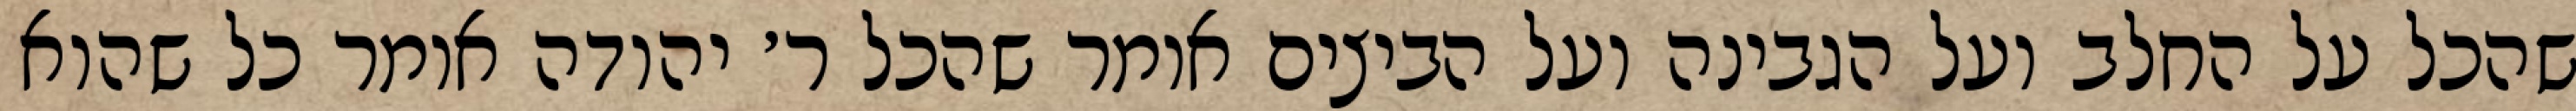
שהכל על החלב ועל הגבינה ועל הביצים אומר שהכל ר׳ יהודה אומר כל שהוא